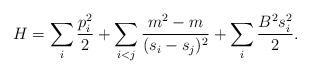
LaTeX: \begin{align*}H=\sum_i {p_i^2 \over 2} +\sum_{i<j} {m^2-m \over (s_i-s_j)^2 }+\sum_i {B^2 s_i^2 \over 2}.\end{align*}